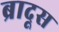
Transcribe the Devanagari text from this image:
ब्रादूस